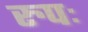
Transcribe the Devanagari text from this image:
रुपः